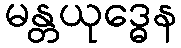
မန္တယုဒ္ဓေန